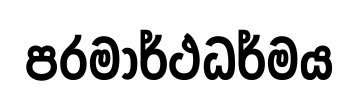
පරමාර්ථධර්මය